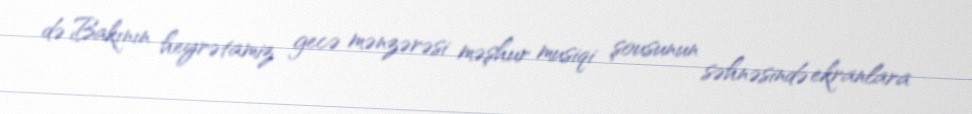
də Bakının heyrətamiz gecə mənzərəsi məşhur musiqi şousunun səhnəsində ekranlara